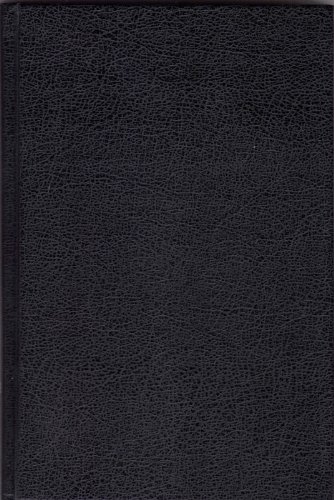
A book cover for Self Portrait: Ceaselessly Into The Past; Ross McDonald; Mystery, Thriller & Suspense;